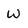
Character: W